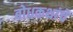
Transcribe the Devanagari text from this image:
बोधकथांचे